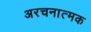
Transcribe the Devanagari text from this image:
अरचनात्मक